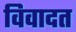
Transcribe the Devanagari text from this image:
विवादत